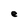
Character: e